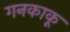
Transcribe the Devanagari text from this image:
गनकाकू